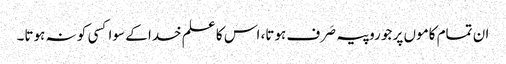
ان تمام کاموں پر جو روپیہ صَرف ہوتا، اس کا علم خدا کے سوا کسی کو نہ ہوتا۔